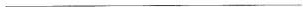
___